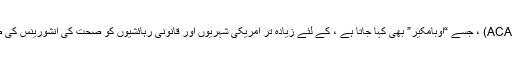
سستی کیئر ایکٹ (ACA) ، جسے “اوبامکیر” بھی کہا جاتا ہے ، کے لئے زیادہ تر امریکی شہریوں اور قانونی رہائشیوں کو صحت کی انشورینس کی ضرورت ہوتی ہے۔